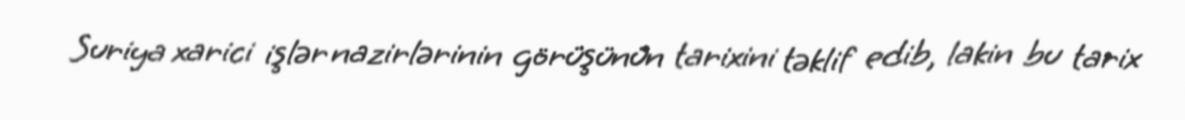
Suriya xarici işlər nazirlərinin görüşünün tarixini təklif edib, lakin bu tarix